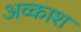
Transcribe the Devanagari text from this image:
अव्काश